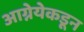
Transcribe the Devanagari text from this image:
आग्नेयेकडून